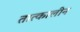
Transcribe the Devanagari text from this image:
तात्‍कालीन